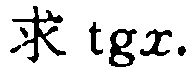
求 \(\text{tg}x\).